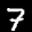
Label: 7